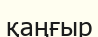
қаңғыр